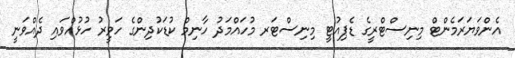
އެންވަޔަރަމެންޓް މިނިސްޓްރީގެ ޑެޕިއުޓީ މިނިސްޓަރ މުހައްމަދު ހާނިމް ކުޑަކުދިންގެ ހަވީރު ހުޅުއްވައި ދެއްވަނީ